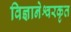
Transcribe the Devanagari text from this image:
विज्ञानेश्वरकृत